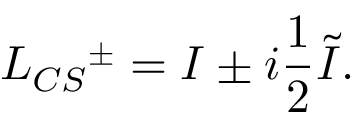
L _ { C S } { ^ { \pm } } = I \pm i { \frac { 1 } { 2 } } \tilde { I } .